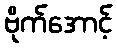
ဗိုက်အောင့်